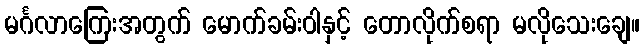
မင်္ဂလာကြေးအတွက် မောက်ခမ်းဝါနှင့် တောလိုက်စရာ မလိုသေးချေ။